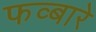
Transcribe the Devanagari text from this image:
फव्‍बारे